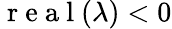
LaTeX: \mathrm{~r~e~a~l~}(\lambda)<0